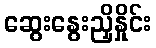
ဆွေးနွေးညှိနှိုင်း